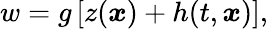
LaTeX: w=g\left[z(\boldsymbol{x})+h(t,\boldsymbol{x})\right],